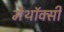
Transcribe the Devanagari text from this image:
मेथॉक्सी